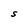
Character: S